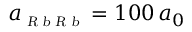
a _ { \scriptscriptstyle \textsl { R b R b } } = 1 0 0 \, a _ { 0 }